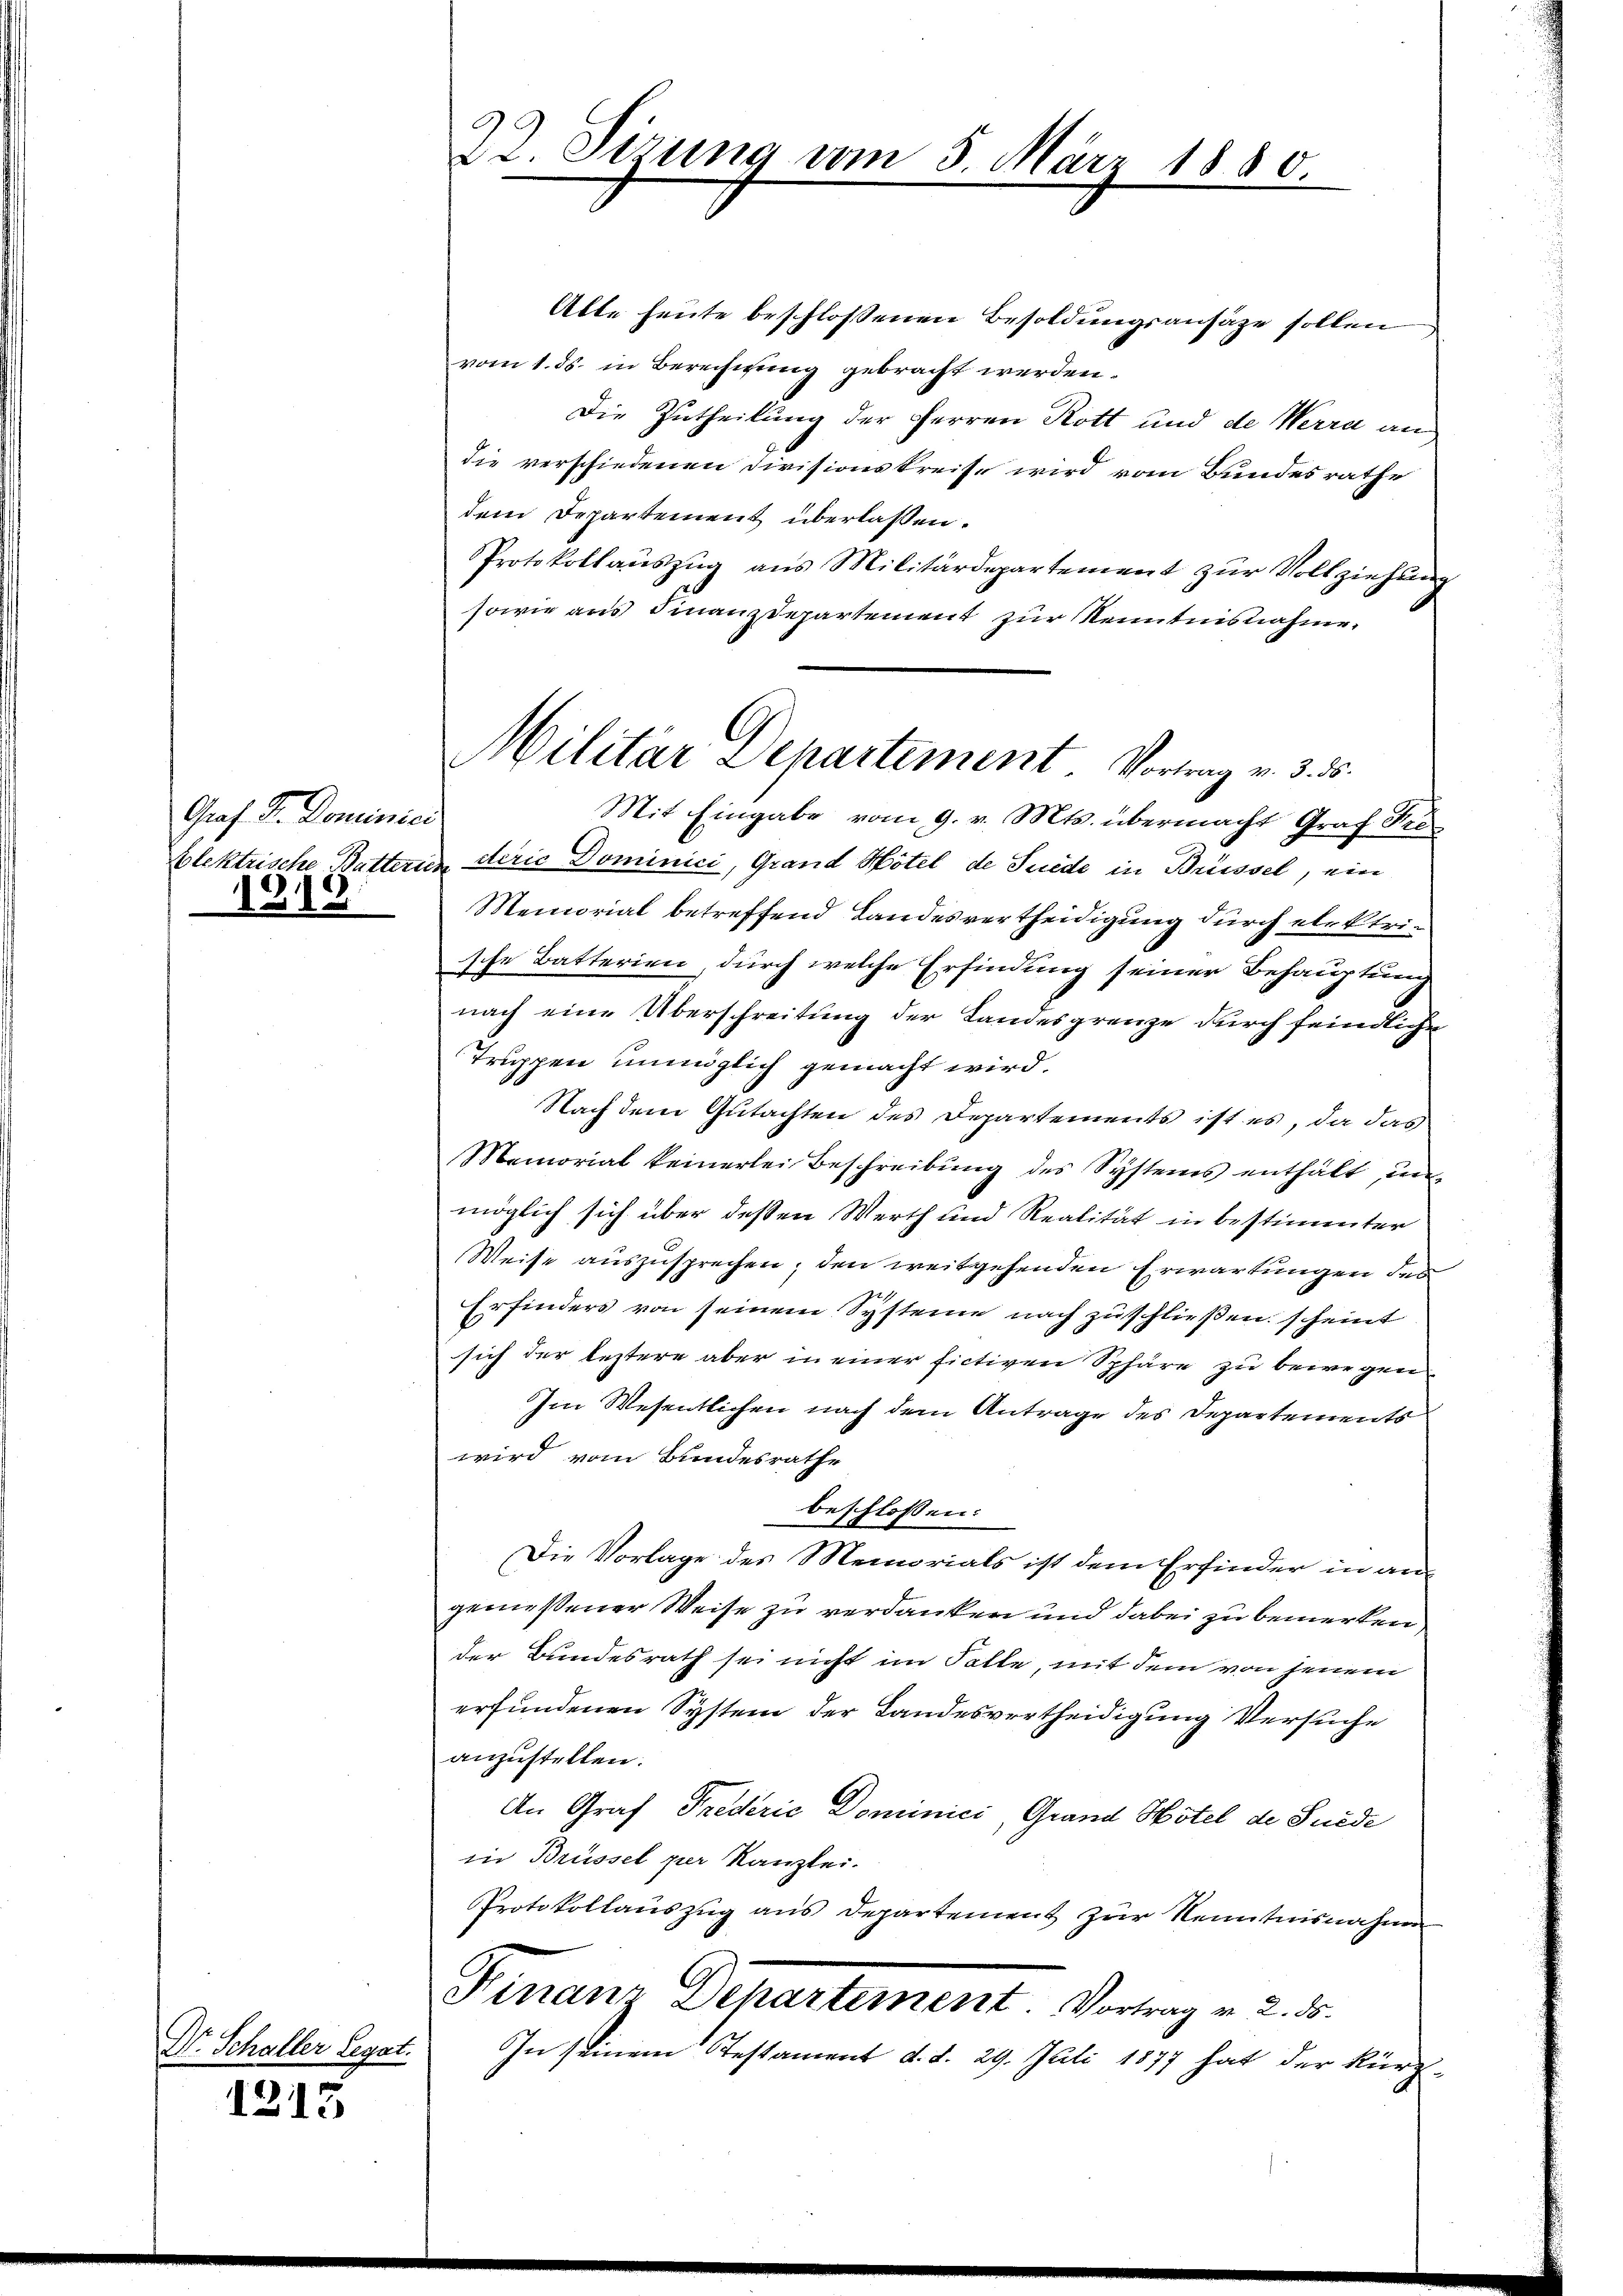
Graf. Die Dominier
blektrische Butterie.
9

Dr. Schaller Legat.

1215

22. Sizung am 5. März 1880

Militar Departement. Vortrag v. 3. d.

Alle heute beschlossenen Besoldungsansätze sollen
vom 1. ds. in Berechnung gebracht werden.
Die Zutheilung der Herren Rott und de Werra an
die verschiedenen Divisionskreise wird vom Bundesrathe
dem Departement überlassen.
Protokollauszug aus Militärdepartement zur Vollziehung
sowie aus Finanzdepartement zur Kenntnisnahme.
Mit Eingabe vom 9. v. Mts. übermacht Graf Fer
derić Dominici, Grand Hotel de Seede in Brüssel, ein
Memorial betreffend Landesvertheidigung durch elektrische Batterien, durch welche Erfindung seiner Behauptung
nach eine Überschreitung der Landesgrenze durch feindliche
Truppen unmöglich gemacht wird.
Nach dem Gutachten des Departements ist es, da das
Memorial keinerlei Beschreibŭng des Systemes enthält, un-
möglich sich über deßen Werth und Realität in bestimmter
Weise auszusprechen; den weitgehenden Erwartungen des
Erfinders von seinem Systeme nach zuschließen scheint
sich der leztere aber in einer fictiven Sphäre zu bewegen
Im Wesentlichen nach dem Antrage des Departements
wird vom Bundesrathe
beschlossen:
Die Vorlage des Memorials ist dem Erfinder in an
gemessener Weise zu verdanken und dabei zu bemerken
der Bundesrath sei nicht im Falle, mit dem von jenem
erfundenen System der Landesvertheidigung Versuche
anzustellen.
An Graf Tredérić Dominici, Grand Hotel de Suede
in Brüssel per Kanzlei.
PProtokollauszug aus Departement zur Kenntnisnahme
Finanz Deuertement. Verung . . .
In seinem Testament d. d. 29. Juli 1877 hat der kürz¬